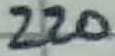
Text: 220